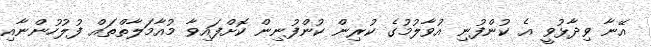
އޭނާ ވިދާޅުވީ އެ ކުންފުނި އުވާލުމުގެ ކުރިން ކުންފުނިން ކޮށްފައިވާ މުއާމަލާތްތައް ފުލުހުންނާއި